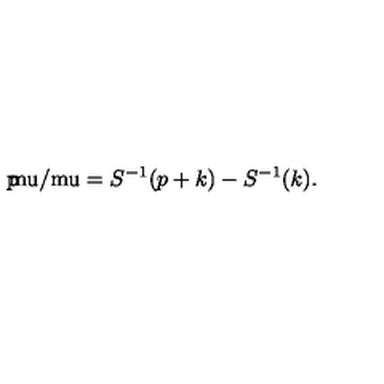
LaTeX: \mathrm { p \mkern - 8 m u / \mkern 0 m u } = S ^ { - 1 } ( p + k ) - S ^ { - 1 } ( k ) .